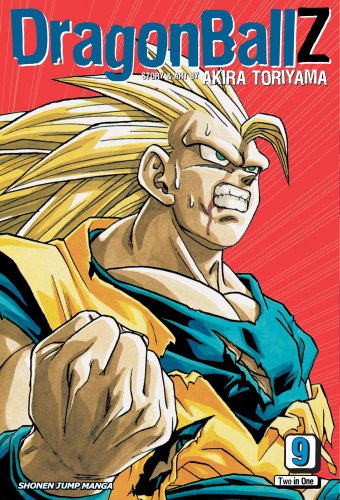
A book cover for Dragon Ball Z, Vol. 9 (VIZBIG Edition); Akira Toriyama; Children's Books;